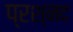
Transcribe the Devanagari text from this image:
प्रश्नद